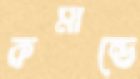
কমান্ডে